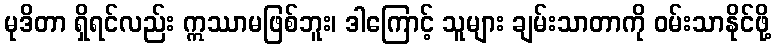
မုဒိတာ ရှိရင်လည်း ဣဿာမဖြစ်ဘူး၊ ဒါကြောင့် သူများ ချမ်းသာတာကို ဝမ်းသာနိုင်ဖို့